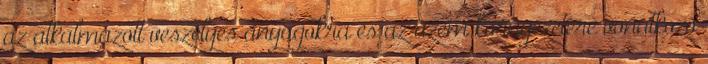
az alkalmazott veszélyes anyagokra és az üzem környezetére vonatkozó